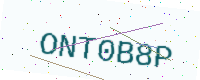
Text: ONT0B8P